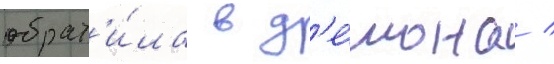
обрат'и́ла в д'е́мона /